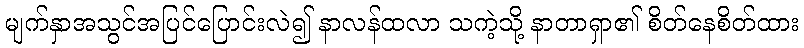
မျက်နှာအသွင်အပြင်ပြောင်းလဲ၍ နာလန်ထလာ သကဲ့သို့ နာတာရှာ၏ စိတ်နေစိတ်ထား